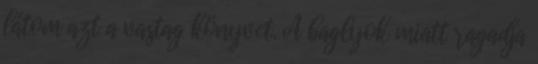
látom azt a vastag könyvet. A baglyok miatt ragadja